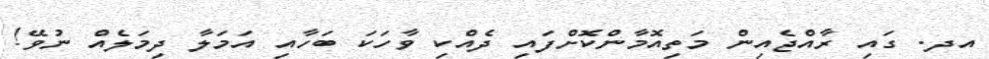
އދ. ގައި ރާއްޖެއިން މަތިއޮމާންކޮށްފައި ދެއްކި ވާހަކަ ބަހާއި އަމަލާ ދިމަލެއް ނުވޭ!